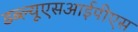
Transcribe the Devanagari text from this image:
डब्ल्यूएसआईपीएस